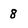
Character: 8